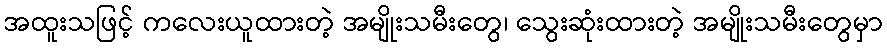
အထူးသဖြင့် ကလေးယူထားတဲ့ အမျိုးသမီးတွေ၊ သွေးဆုံးထားတဲ့ အမျိုးသမီးတွေမှာ